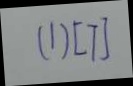
( 1 ) [ 7 ]